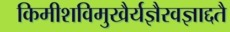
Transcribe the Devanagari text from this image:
किमीशविमुखैर्यज्ञैरवज्ञाद्दतै